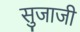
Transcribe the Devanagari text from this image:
सुजाजी